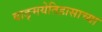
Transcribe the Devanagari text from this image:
वाङ्मयेतिहासाच्या